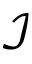
\mathcal { I }